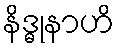
နိဒ္ဓုနာဟိ